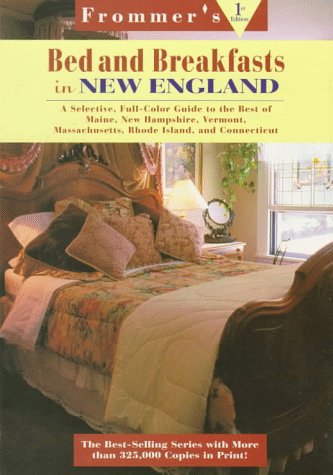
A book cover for Frommer's Bed and Breakfast Guides: New England : Maine, New Hampshire, Vermont, Massachusetts, Rhode Island, Connecticut (Frommer's Bed & Breakfast Guide New England); Glenn Oakley; Travel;